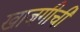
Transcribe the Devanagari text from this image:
खाजगीची